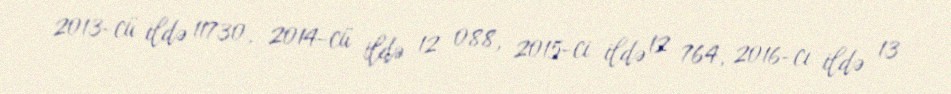
2013-cü ildə 11730, 2014-cü ildə 12 088, 2015-ci ildə 12 764, 2016-cı ildə 13